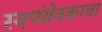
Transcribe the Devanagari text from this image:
स्वयंसेवकाचा